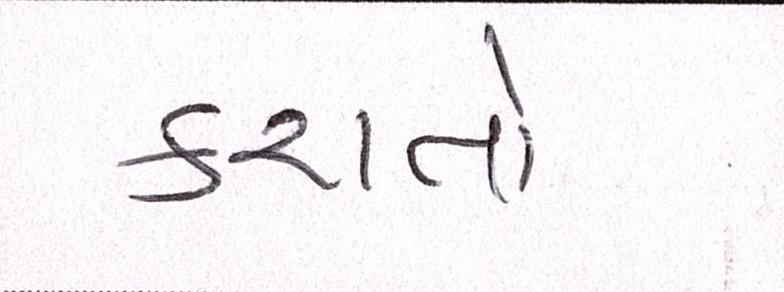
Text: કરાતો